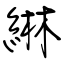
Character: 綝